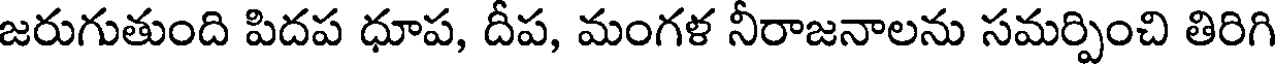
జరుగుతుంది పిదప ధూప, దీప, మంగళ నీరాజనాలను సమర్పించి తిరిగి